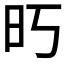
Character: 𰕱